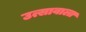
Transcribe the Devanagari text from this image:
उत्सावाला